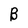
Character: B